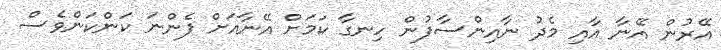
އޭރުން އޭނާ އާއި މެދު ނާއިންސާފުން ހިނގާ ކަމަށް އޭނާއަށް ފެންނަ ކަންކަންވެސް